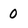
Character: 0